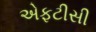
એફટીસી